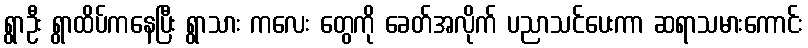
ရွာဦး ရွာထိပ်ကနေပြီး ရွာသား ကလေး တွေကို ခေတ်အလိုက် ပညာသင်ပေးကာ ဆရာသမားကောင်း